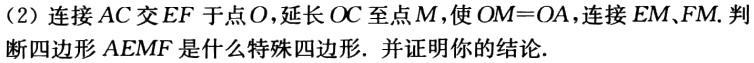
（2）连接 \(AC\) 交 \(EF\) 于点 \(O\)，延长 \(OC\) 至点 \(M\)，使 \(OM = OA\)，连接 \(EM\)、\(FM\). 判断四边形 \(AEMF\) 是什么特殊四边形. 并证明你的结论.